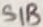
Text: S1B